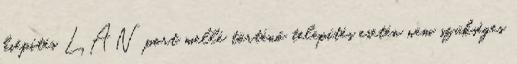
kiépítés LAN port mellé történő telepítés esetén nem szükséges